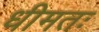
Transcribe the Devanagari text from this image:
धीमतः